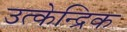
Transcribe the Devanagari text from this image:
उत्केन्द्रिक